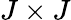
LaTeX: J\times J